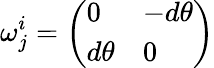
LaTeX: \omega_{j}^{i}={\left(\begin{array}{ll}{0}&{-d\theta}\\ {d\theta}&{0}\end{array}\right)}